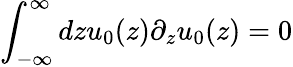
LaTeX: \int_{-\infty}^{\infty}dzu_{0}(z)\partial_{z}u_{0}(z)=0